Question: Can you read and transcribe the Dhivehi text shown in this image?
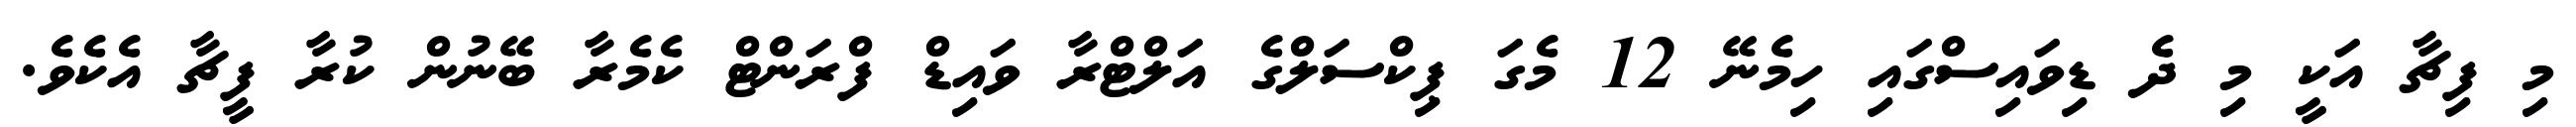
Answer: މި ފިޗާ އަކީ މި ދެ ޑިވައިސްގައި ހިމެނޭ 12 މެގަ ޕިކްސަލްގެ އަލްޓްރާ ވައިޑް ފްރަންޓް ކެމެރާ ބޭނުން ކުރާ ފީޗާ އެކެވެ.